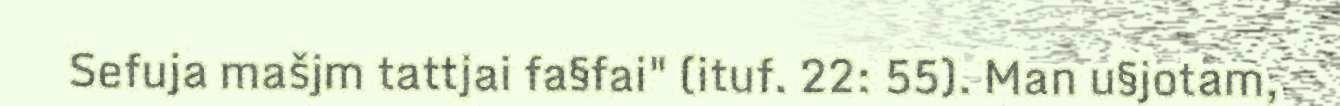
Sefuja mašjm tattjai fa§fai" (ituf. 22: 55). Man u§jotam,